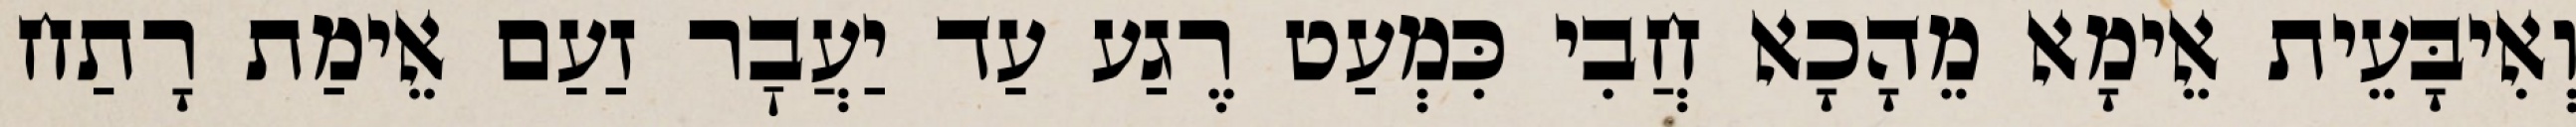
וְאִיבָּעֵית אֵימָא מֵהָכָא חֲבִי כִּמְעַט רֶגַע עַד יַעֲבׇר זַעַם אֵימַת רָתַח